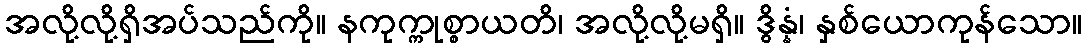
အလို့လို့ရှိအပ်သည်ကို။ နကုက္ကုစ္စာယတိ၊ အလို့လို့မရှိ။ ဒွိန္နံ၊ နှစ်ယောကုန်သော။